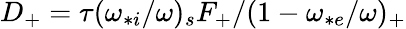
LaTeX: D_{+}=\tau(\omega_{*i}/\omega)_{s}F_{+}/(1-\omega_{*e}/\omega)_{+}